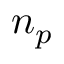
n _ { p }